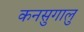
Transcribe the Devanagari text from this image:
कनसुगालु